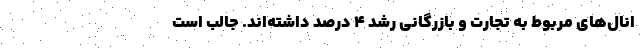
انال‌های مربوط به تجارت و بازرگانی رشد ۴ درصد داشته‌اند. جالب است